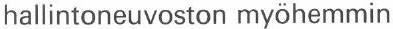
hallintoneuvoston myöhemmin